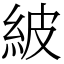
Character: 紴